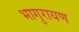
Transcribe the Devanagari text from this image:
भागुरायण